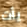
يأت